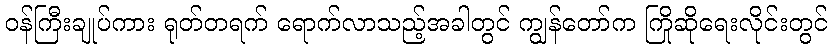
ဝန်ကြီးချုပ်ကား ရုတ်တရက် ရောက်လာသည့်အခါတွင် ကျွန်တော်က ကြိုဆိုရေးလိုင်းတွင်